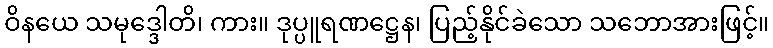
ဝိနယေ သမုဒ္ဒေါတိ၊ ကား။ ဒုပ္ပူရဏဋ္ဌေန၊ ပြည့်နိုင်ခဲသော သဘောအားဖြင့်။